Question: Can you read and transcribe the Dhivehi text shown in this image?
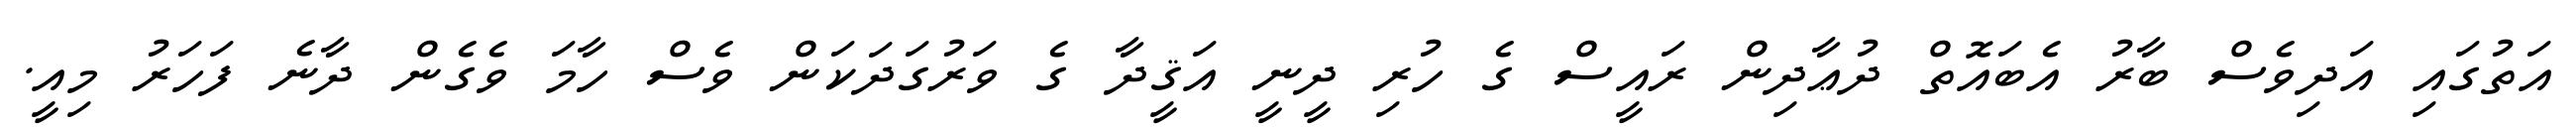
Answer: އަތުގައި އަދިވެސް ބާރު އެބައޮތް ދުޢާދިން ރައީސް ގެ ހުރި ދީނީ އަޤީދާ ގެ ވަރުގަދަކަން ވެސް ހާމަ ވެގެން ދާނެ ފަހަރު މިއީ.